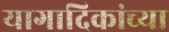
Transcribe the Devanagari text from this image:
यागादिकांच्या